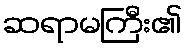
ဆရာမကြီး၏